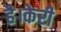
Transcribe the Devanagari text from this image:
है।केरी